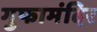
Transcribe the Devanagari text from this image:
गुफामंदिर